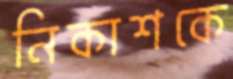
নিকাশকে